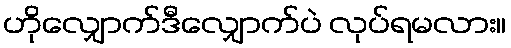
ဟိုလျှောက်ဒီလျှောက်ပဲ လုပ်ရမလား။